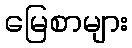
မြေစာများ